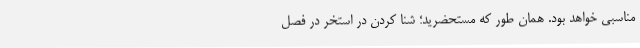
مناسبی خواهد بود. همان طور که مستحضرید؛ شنا کردن در استخر در فصل